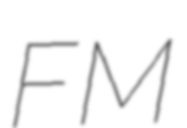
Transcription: FM